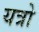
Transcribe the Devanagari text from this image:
यत्रो